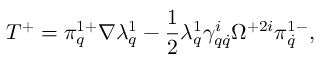
T ^ { + } = \pi _ { q } ^ { 1 + } \nabla \lambda _ { q } ^ { 1 } - \frac 1 2 \lambda _ { q } ^ { 1 } \gamma _ { q \dot { q } } ^ { i } \Omega ^ { + 2 i } \pi _ { \dot { q } } ^ { 1 - } ,